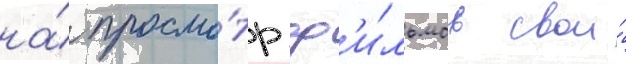
на́ просмо́тр ф'и́льмов свои́